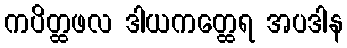
ကပိတ္ထဖလ ဒါယကတ္ထေရ အပဒါန